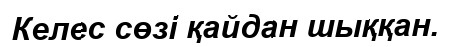
Келес сөзі қайдан шыққан.